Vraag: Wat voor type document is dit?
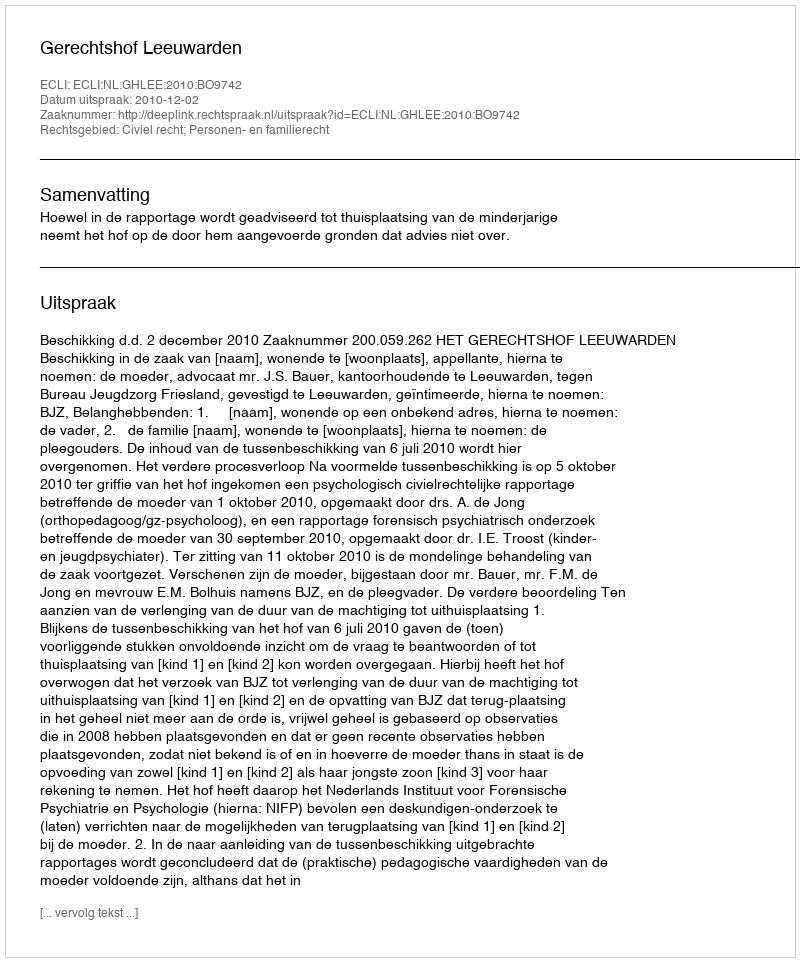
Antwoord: Uitspraak